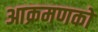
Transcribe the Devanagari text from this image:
आक्रमणको